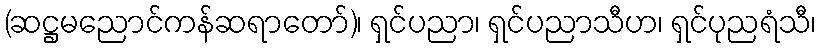
(ဆဋ္ဌမညောင်ကန်ဆရာတော်)၊ ရှင်ပညာ၊ ရှင်ပညာသီဟ၊ ရှင်ပုညရံသီ၊